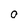
Character: O